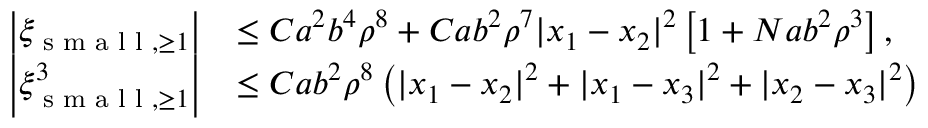
\begin{array} { r l } { \left\vert \xi _ { \textnormal { s m a l l } , \geq 1 } \right\vert } & { \leq C a ^ { 2 } b ^ { 4 } \rho ^ { 8 } + C a b ^ { 2 } \rho ^ { 7 } | x _ { 1 } - x _ { 2 } | ^ { 2 } \left[ 1 + N a b ^ { 2 } \rho ^ { 3 } \right] , } \\ { \left\vert \xi _ { \textnormal { s m a l l } , \geq 1 } ^ { 3 } \right\vert } & { \leq C a b ^ { 2 } \rho ^ { 8 } \left( | x _ { 1 } - x _ { 2 } | ^ { 2 } + | x _ { 1 } - x _ { 3 } | ^ { 2 } + | x _ { 2 } - x _ { 3 } | ^ { 2 } \right) } \end{array}